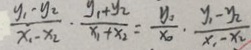
\frac { y _ { 1 } \cdot y _ { 2 } } { x _ { 1 } - x _ { 2 } } \cdot \frac { y _ { 1 } + y _ { 2 } } { x _ { 1 } + x _ { 2 } } = \frac { y _ { 1 } } { x _ { 0 } } \cdot \frac { y _ { 1 } - y _ { 2 } } { x _ { 1 } - x _ { 2 } }